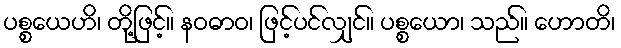
ပစ္စယေဟိ၊ တို့ဖြင့်။ နဝဓာဝ၊ ဖြင့်ပင်လျှင်။ ပစ္စယော၊ သည်။ ဟောတိ၊